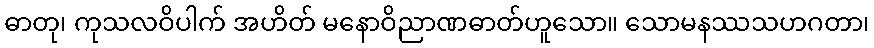
ဓာတု၊ ကုသလဝိပါက် အဟိတ် မနောဝိညာဏဓာတ်ဟူသော။ သောမနဿသဟဂတာ၊